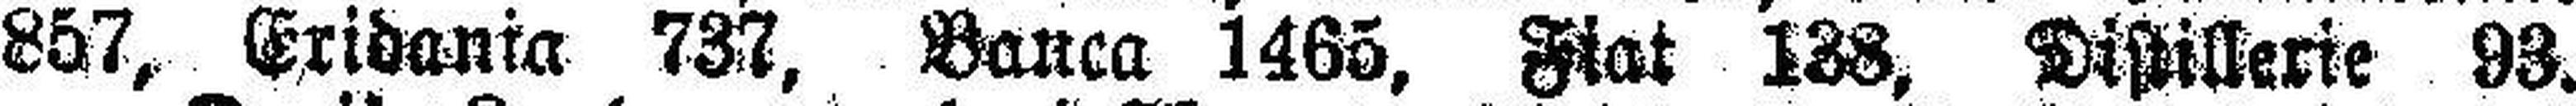
857, Eridania 737. Banca 1465. Wat 138, Distillerie 93.